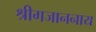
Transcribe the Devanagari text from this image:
श्रीगजाननाय